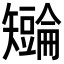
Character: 𪿏